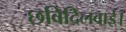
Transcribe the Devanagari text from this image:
छविदिलवाई।